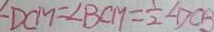
\angle D C M = \angle B C M = \frac { 1 } { 2 } \angle D C B